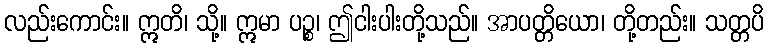
လည်းကောင်း။ ဣတိ၊ သို့။ ဣမာ ပဉ္စ၊ ဤငါးပါးတို့သည်။ အာပတ္တိယော၊ တို့တည်း။ သတ္တပိ